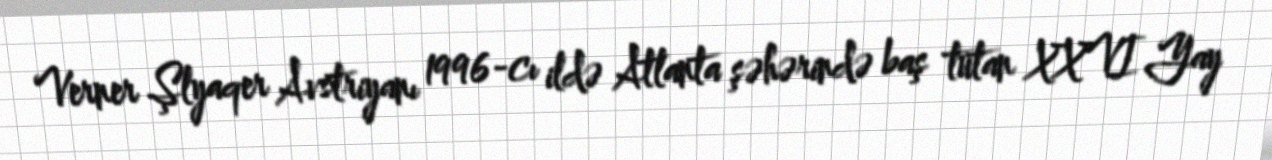
Verner Şlyaqer Avstriyanı 1996-cı ildə Atlanta şəhərində baş tutan XXVI Yay